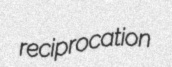
reciprocation